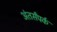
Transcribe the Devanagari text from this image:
अंतर्संपर्क